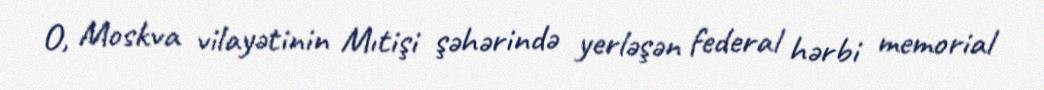
O, Moskva vilayətinin Mıtişi şəhərində yerləşən federal hərbi memorial